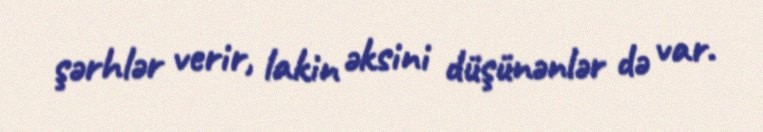
şərhlər verir, lakin əksini düşünənlər də var.